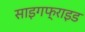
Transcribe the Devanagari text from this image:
साइगफ्राइड